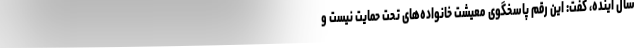
سال آینده، گفت: این رقم پاسخگوی معیشت خانواده‌های تحت حمایت نیست و